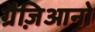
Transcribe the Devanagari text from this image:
ग्रैज़िआनो